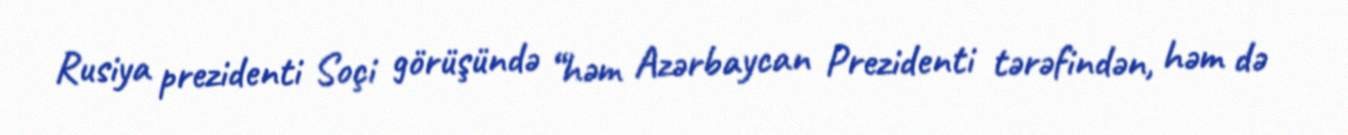
Rusiya prezidenti Soçi görüşündə “həm Azərbaycan Prezidenti tərəfindən, həm də